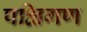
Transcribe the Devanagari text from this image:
पक्षिगण